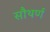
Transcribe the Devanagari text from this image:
सौथर्ण